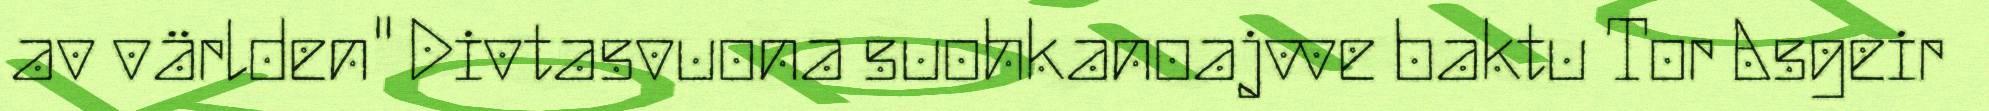
av världen" Divtasvuona suohkanoajvve baktu Tor Asgeir